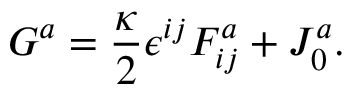
G ^ { a } = \frac { \kappa } { 2 } \epsilon ^ { i j } F _ { i j } ^ { a } + J _ { 0 } ^ { a } .